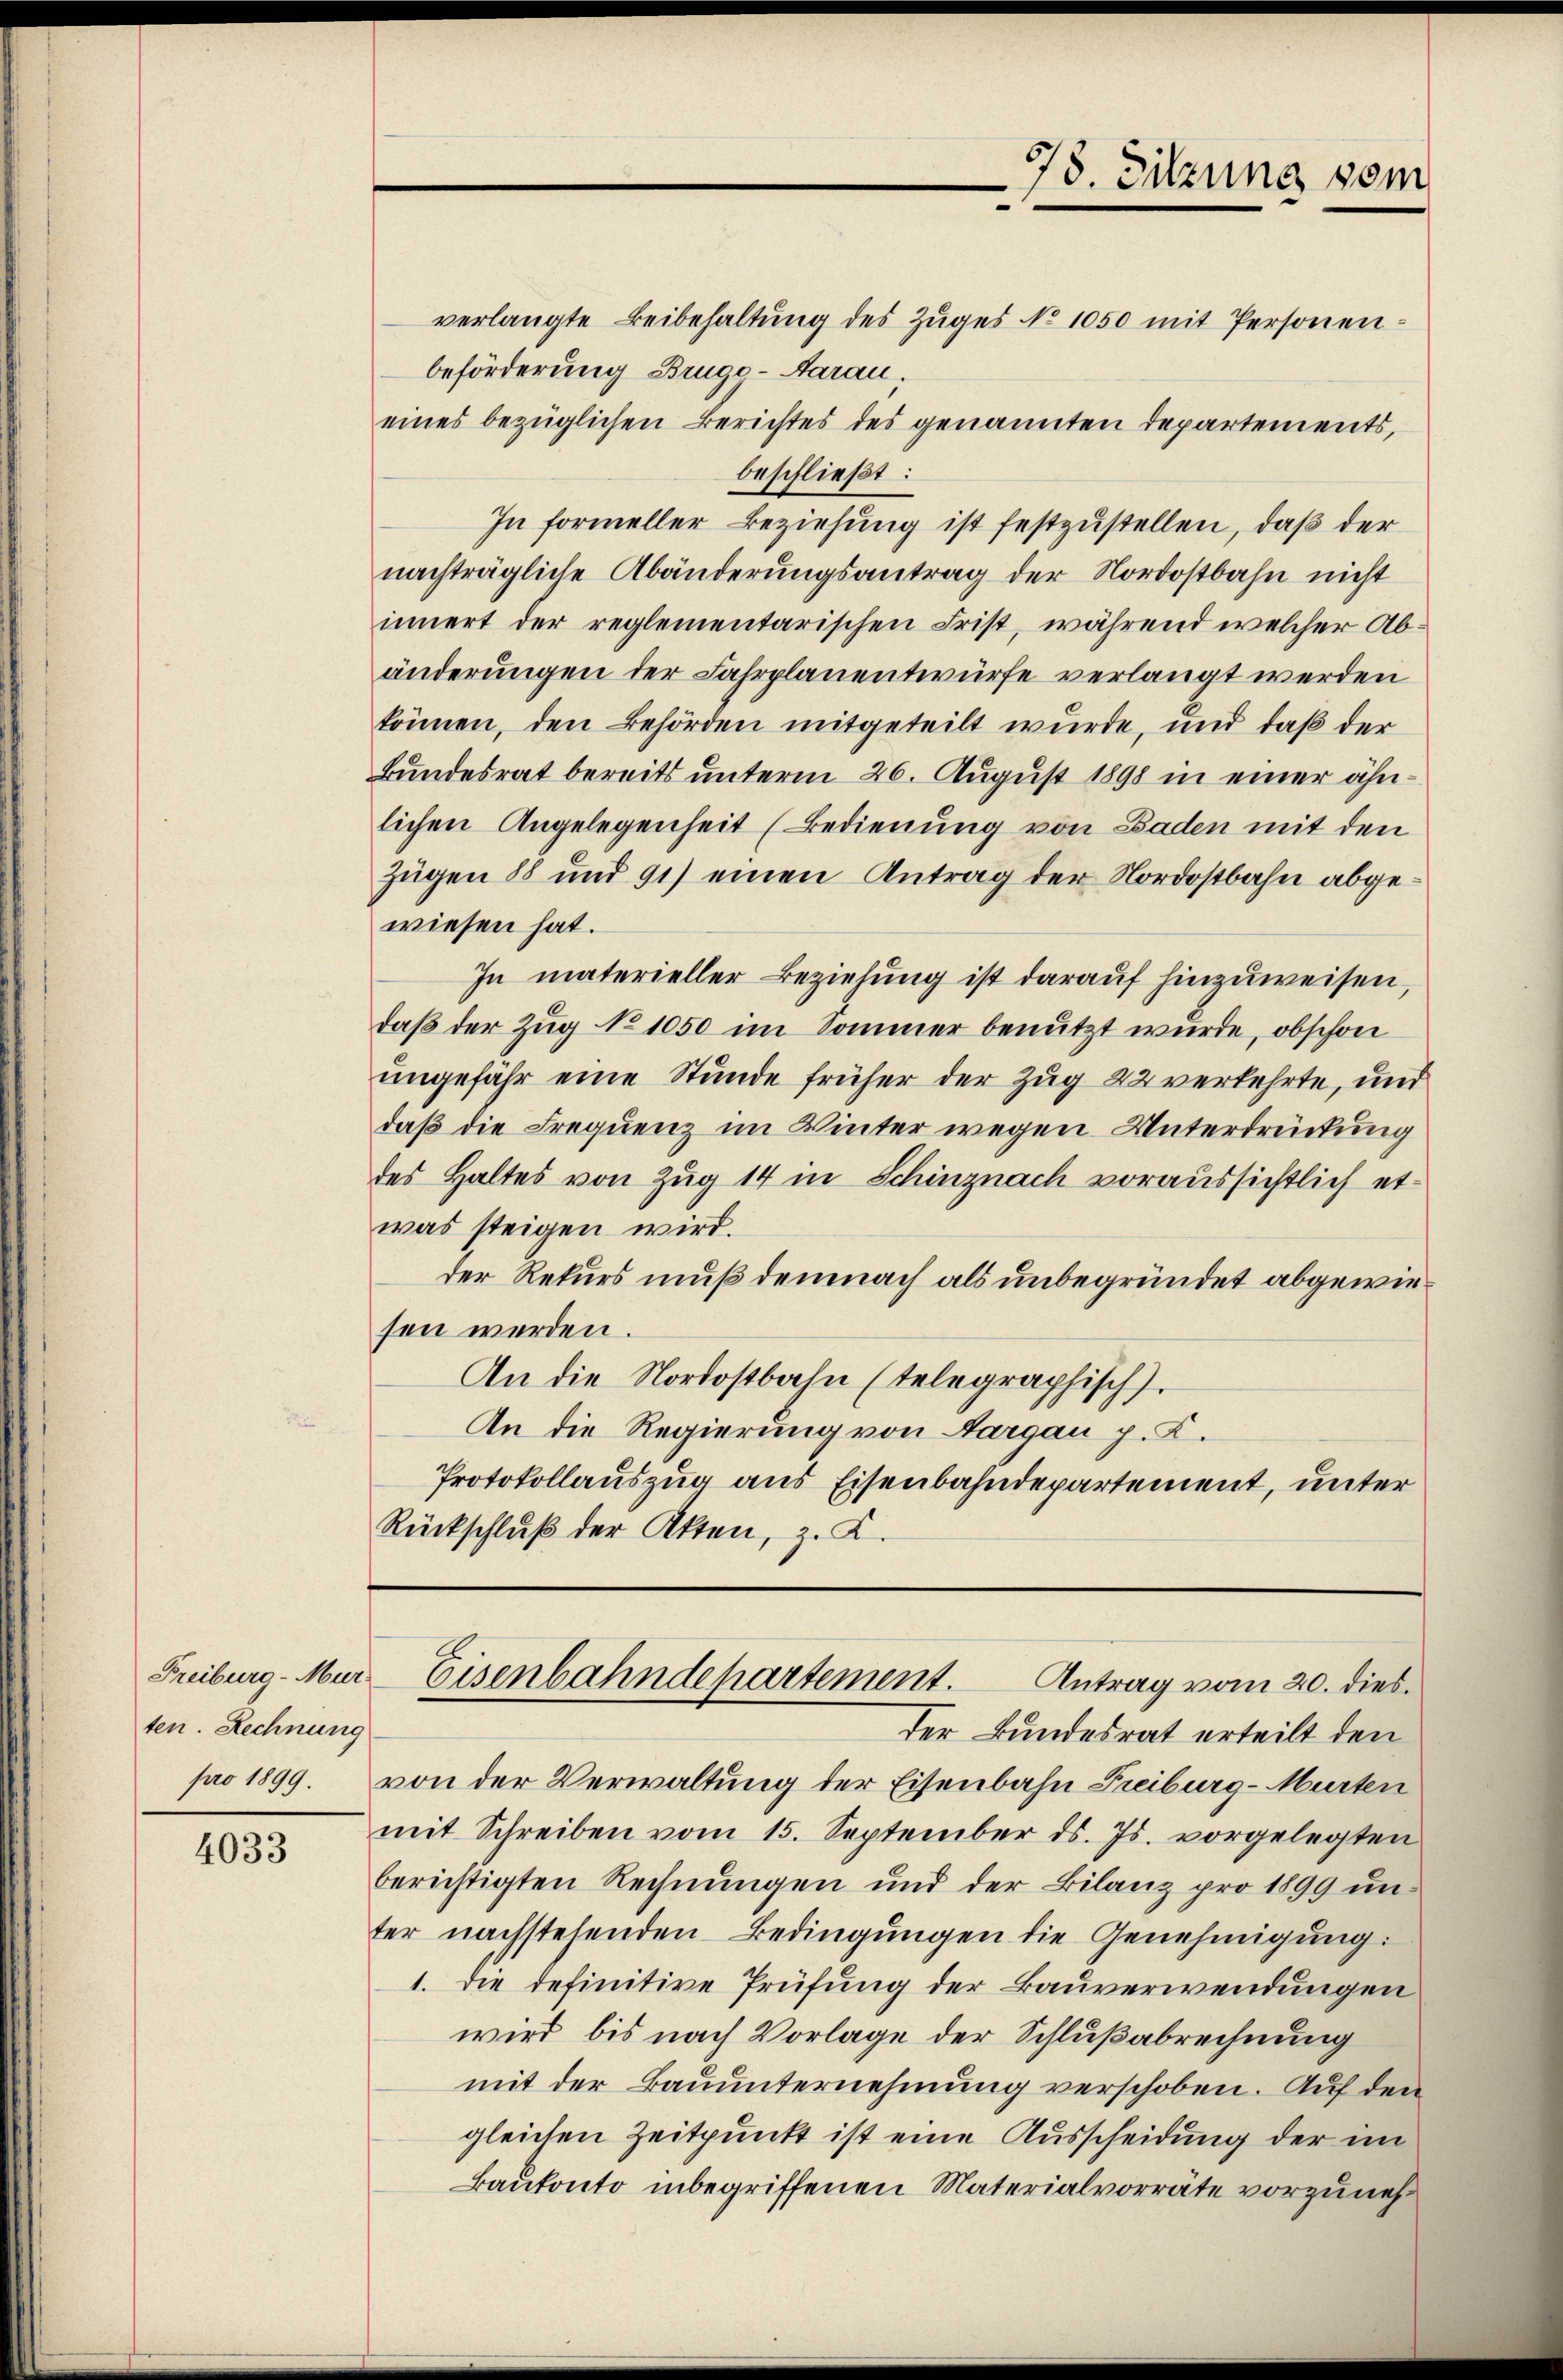
Freiburg - Mur
ten. Rechnung
pro 1899.

4033

verlangte Beibehaltung des Zuges No 1050 mit Personenbeförderung Brugo-Aarau,
eines bezüglichen Berichtes des genannten Departements,
beschließt:
In formeller Beziehung ist festzustellen, daß der
nachträgliche Abänderungsantrag der Nordostbahn nicht
innert der reglementarischen Frist, während welcher Abänderungen der Fahrplanentwürfe verlangt werden
können, den Behörden mitgeteilt wurde, und daß der
Bundesrat bereits unterm 26. August 1898 in einer ähnlichen Angelegenheit (Bedienung von Baden mit den
Zügen 88 und 91) einen Antrag der Nordostbahn abgewiesen hat.
In materieller Beziehung ist darauf hinzuweisen.
daß der Zug No 1050 im Sommer benutzt wurde, obschon
ungefähr eine Stunde früher der Zug 22 verkehrte, und
daß die Frequenz im Winter wegen Unterdrückung
des Haltes von Zug 14 in Schinznach voraussichtlich etwas steigen wird.
der Rekurs muß demnach als unbegründet abgewiesen werden.
An die Nordostbahn (telegraphisch.
An die Regierung von Aargau p. C.
Protokollauszug aus Eisenbahndepartement, unter
Rückschluß der Akten, z. K.

78. Sitzung vom

von der Verwaltung der Eisenbahn Freiburg-Murten
mit Schreiben vom 15. September ds. Js. vorgelegten
berichtigten Rechnungen und der Bilanz pro 1899 un
ter nachstehenden Bedingungen die Genehmigung:
1. die definitive Prüfung der Bauverwendungen
wird, bis nach Vorlage der Schlußabrechnung
mit der Bauunternehmung verschoben. Auf den
gleichen Zeitpunkt ist eine Ausscheidung der im
kautonto inbegriffenen Materialvorräte vorzuneh¬

Eisenbahndehartement.
Antrag vom 20. dies.
der Bundesrat erteilt den